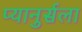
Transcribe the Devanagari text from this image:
प्यानुर्सला